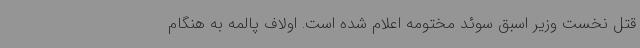
قتل نخست وزیر اسبق سوئد مختومه اعلام شده است. اولاف پالمه به هنگام